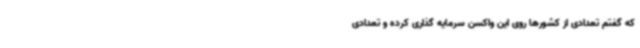
که گفتم تعدادی از کشورها روی این واکسن سرمایه گذاری کرده و تعدادی